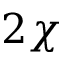
2 \chi